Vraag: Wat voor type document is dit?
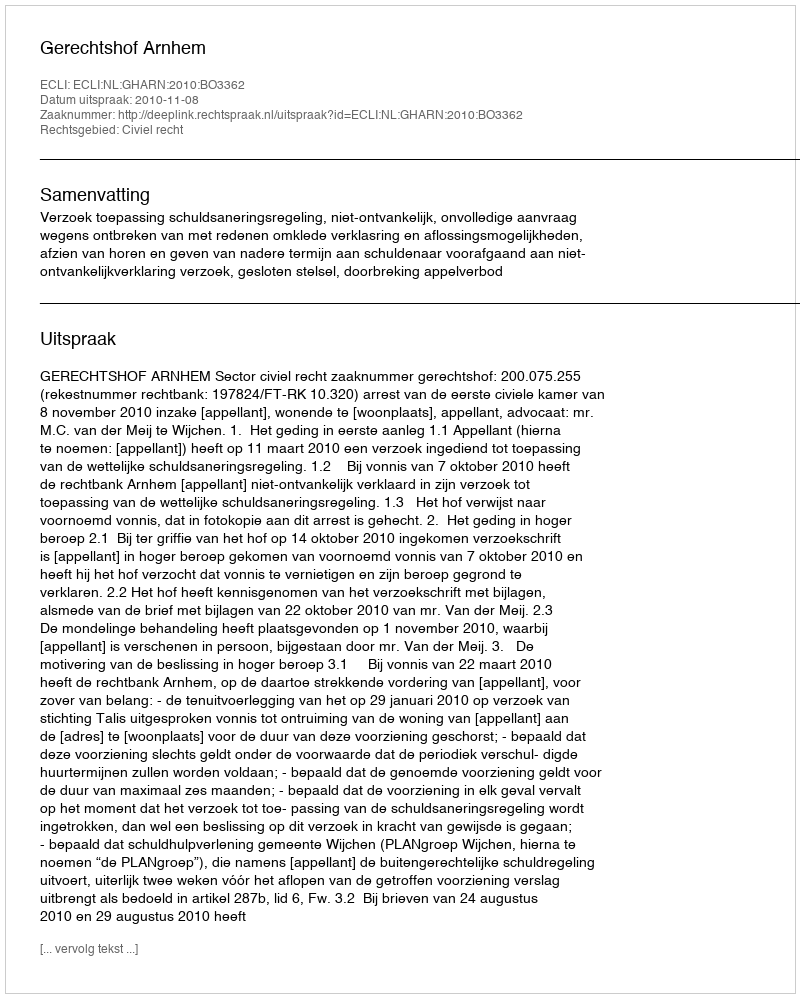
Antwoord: Uitspraak